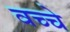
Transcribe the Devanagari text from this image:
वच्चे